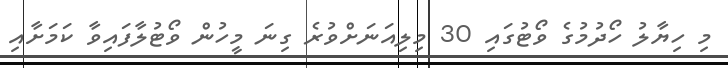
މި ހިޔާލު ހޯދުމުގެ ވޯޓުގައި 30 މިލިއަނަށްވުރެ ގިނަ މީހުން ވޯޓުލާފައިވާ ކަމަށާއި